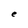
Character: e